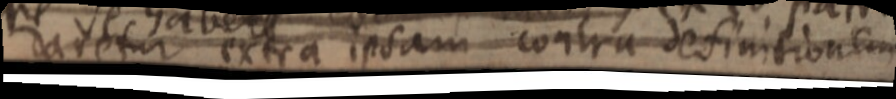
daretur extra ipsam contra definitionem